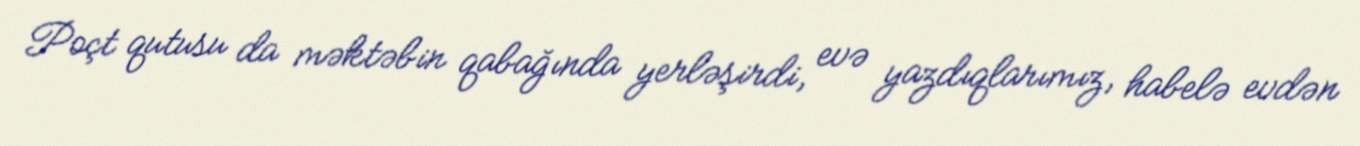
Poçt qutusu da məktəbin qabağında yerləşirdi, evə yazdıqlarımız, habelə evdən